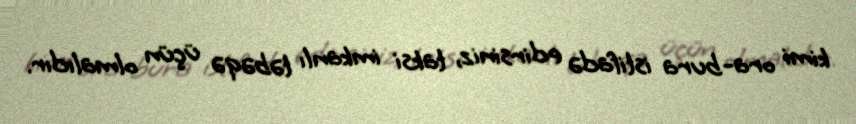
kimi ora-bura istifadə edirsiniz, taksi imkanlı təbəqə üçün olmalıdır.